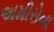
અમીરોના